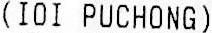
(IOI PUCHONG)